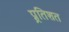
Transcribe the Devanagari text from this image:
प्र्रतिशत